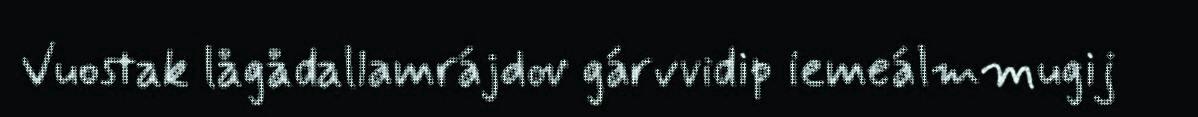
Vuostak lågådallamrájdov gárvvidip iemeálmmugij